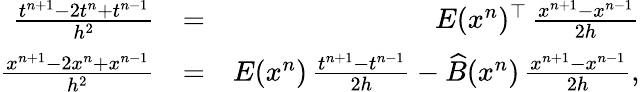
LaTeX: \begin{array}{rlr}{\frac{t^{n+1}-2t^{n}+t^{n-1}}{h^{2}}}&{=}&{E(x^{n})^{\top}\, \frac{x^{n+1}-x^{n-1}}{2h}}\\ {\frac{x^{n+1}-2x^{n}+x^{n-1}}{h^{2}}}&{=}&{E(x^{n})\, \frac{t^{n+1}-t^{n-1}}{2h}-\widehat B(x^{n})\, \frac{x^{n+1}-x^{n-1}}{2h},}\end{array}